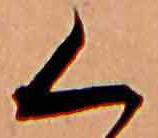
く